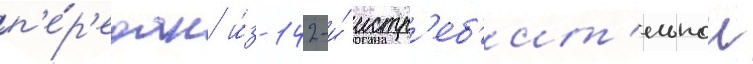
п'е́р'едан и́з 142-и́ истр'еб'ит'ельнои